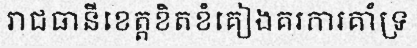
រាជធានីខេត្តខិតខំគៀងគរការគាំទ្រ